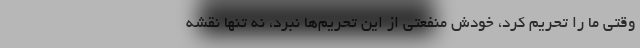
وقتی ما را تحریم کرد، خودش منفعتی از این تحریم‌ها نبرد، نه تنها نقشه